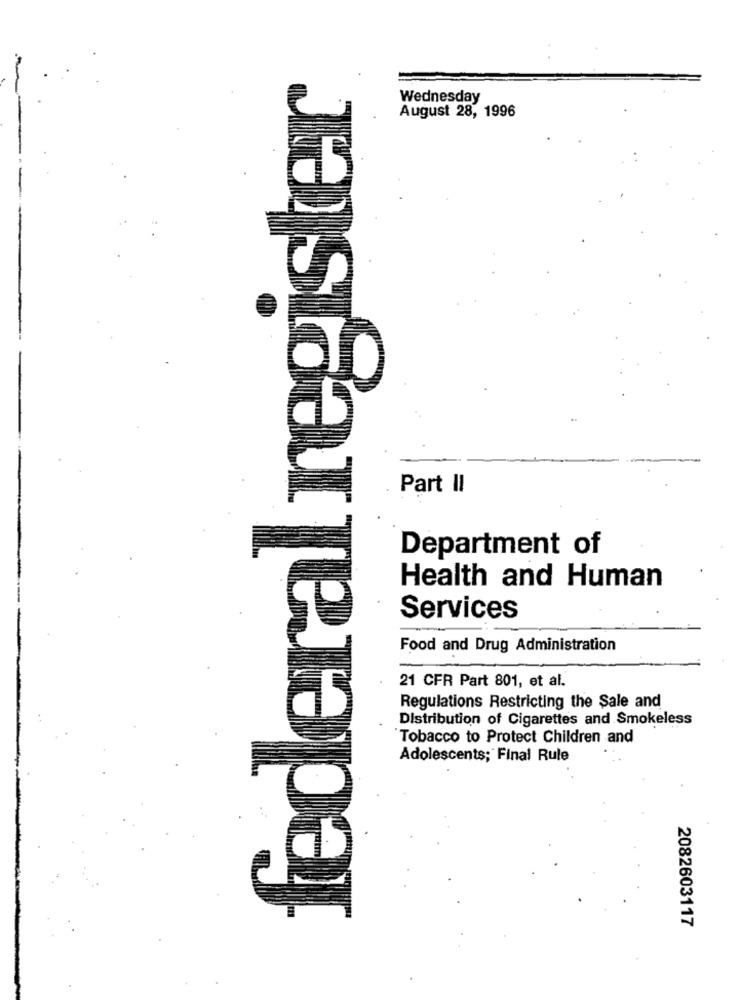
federal register
Wednesday
August 28, 1996
Part II
Department of
Health and Human
Services
Food and Drug Administration
21 CFR Part 801, et al.
Regulations Restricting the Sale and
Distribution of Cigarettes and Smokeless
Tobacco to Protect Children and
Adolescents; Final Rule
2082603117